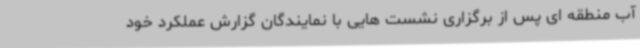
آب منطقه ای پس از برگزاری نشست هایی با نمایندگان گزارش عملکرد خود